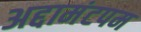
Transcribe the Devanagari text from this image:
अद्दामंटपम